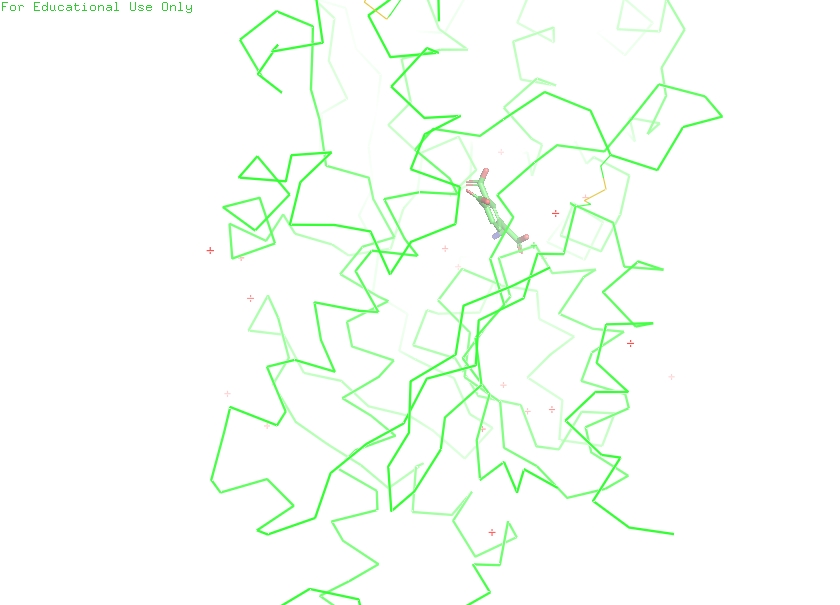
pymol, preset, simple